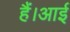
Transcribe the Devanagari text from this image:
हैं।आई